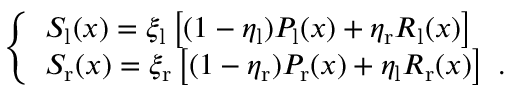
\left\{ \begin{array} { l l } { S _ { \mathrm { l } } ( x ) = \xi _ { \mathrm { l } } \left[ ( 1 - \eta _ { \mathrm { l } } ) P _ { \mathrm { l } } ( x ) + \eta _ { \mathrm { r } } R _ { \mathrm { l } } ( x ) \right] } \\ { S _ { \mathrm { r } } ( x ) = \xi _ { \mathrm { r } } \left[ ( 1 - \eta _ { \mathrm { r } } ) P _ { \mathrm { r } } ( x ) + \eta _ { \mathrm { l } } R _ { \mathrm { r } } ( x ) \right] \ . } \end{array} \right.